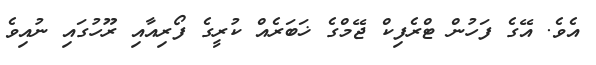
އެވެ. އޭގެ ފަހުން ޓްރެފިކް ޖޭމްގެ ޚަބަރެއް ކުރީގެ ފޯރިއާއި ރޫހުގައި ނުއިވެ